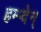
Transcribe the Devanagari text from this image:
हम्प्देन्